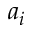
a _ { i }